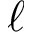
\ell